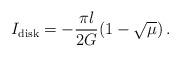
LaTeX: \begin{align*}I_{\mathrm{disk}}=-\frac{\pi l}{2G}(1-\sqrt{\mu})\,.\end{align*}